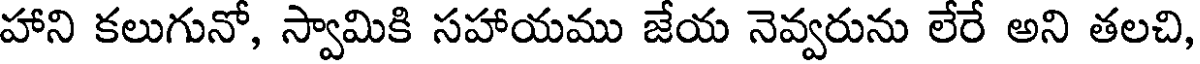
హాని కలుగునో, స్వామికి సహాయము జేయ నెవ్వరును లేరే అని తలచి,